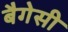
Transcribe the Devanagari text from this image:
बैगेसी